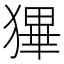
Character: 𤠺